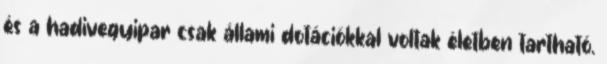
és a hadivegyipar csak állami dotációkkal voltak életben tartható.